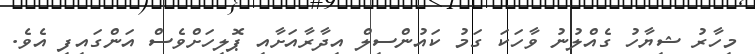
މިހާރު ޝިޔާހު ގެއްލުނު ވާހަކަ ގަމު ކައުންސިލް އިދާރާއަށާއި ޕޮލިހަށްވެސް އަންގައިފި އެވެ.